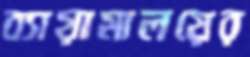
ব্যায়ামালয়ের